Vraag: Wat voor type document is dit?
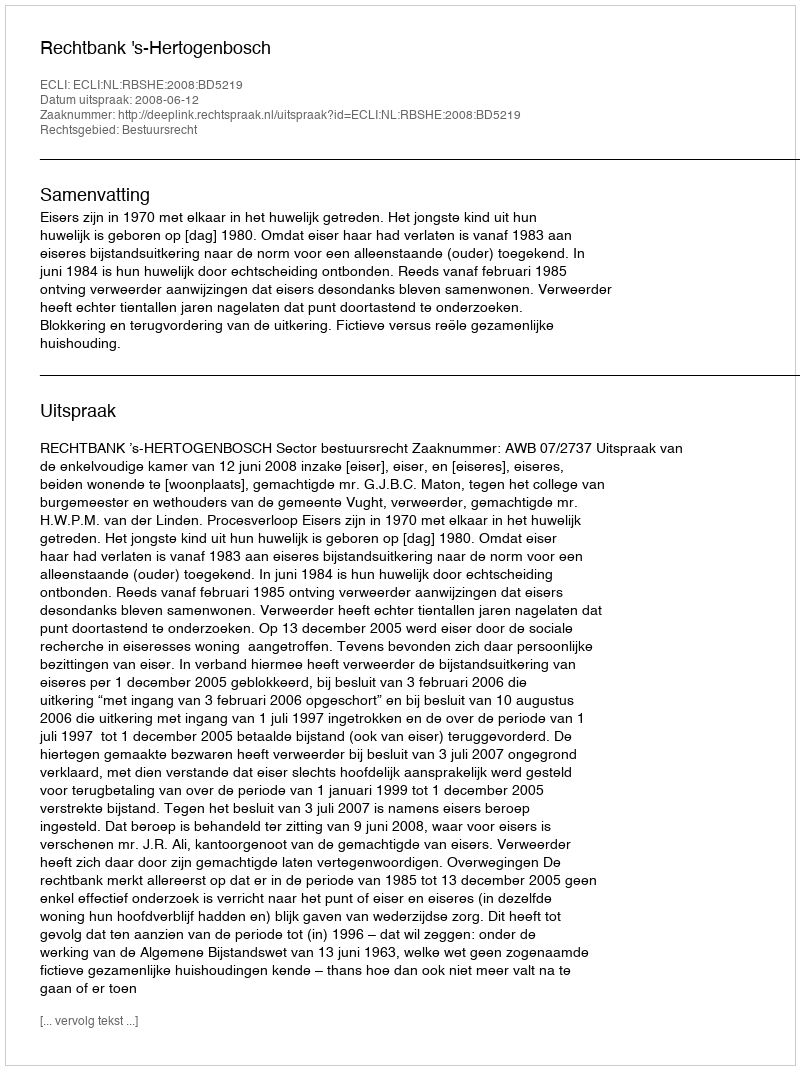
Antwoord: Uitspraak